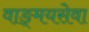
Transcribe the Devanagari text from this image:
वाङ्‌मयसेवा